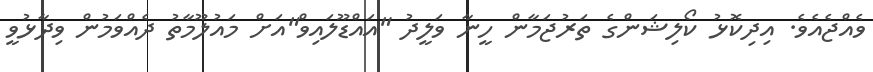
ވެއްޖެއެވެ. އިދިކޮޅު ކޯލިޝަންގެ ތަރުޖަމާން ހީނާ ވަލީދު "އައްޑޫލައިވް"އަށް މައުލޫމާތު ދެއްވަމުން ވިދާޅުވީ